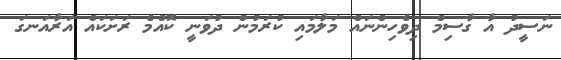
ނަސީދު އާ ގާސިމް ދިވެހިންނައް މަލާމައި ކުރަމުން ދުވަނީ ކޮއްމެ ރަށަކައް އަރާއަނގަ